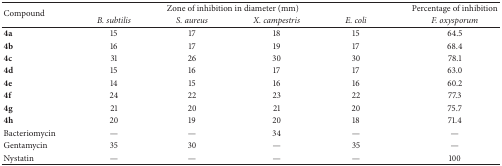
| <ROWSPAN=2> Compound | <COLSPAN=4> Zone of inhibition in diameter (mm) | Percentage of inhibition |
 | B. subtilis | S. aureus | X. campestris | E. coli | F. oxysporum |
 | --- | --- | --- | --- | --- | --- |
 | 4a | 15 | 17 | 18 | 15 | 64.5 |
 | 4b | 16 | 17 | 19 | 17 | 68.4 |
 | 4c | 31 | 26 | 30 | 30 | 78.1 |
 | 4d | 15 | 16 | 17 | 17 | 63.0 |
 | 4e | 14 | 15 | 16 | 16 | 60.2 |
 | 4f | 24 | 22 | 23 | 22 | 77.3 |
 | 4g | 21 | 20 | 21 | 20 | 75.7 |
 | 4h | 20 | 19 | 20 | 18 | 71.4 |
 | Bacteriomycin | — | — | 34 | — | — |
 | Gentamycin | 35 | 30 | — | 35 | — |
 | Nystatin | — | — | — | — | 100 |